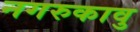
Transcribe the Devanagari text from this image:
नगरुकावु